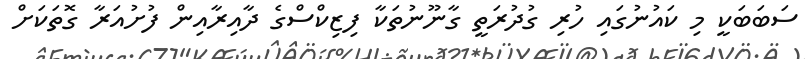
ސަބަބަކީ މި ކައުނުގައި ހުރި ގުދުރަތީ ގާނޫނުތަކާ ފިޒިކްސްގެ ދާއިރާއިން ފުށުއަރާ ގޮތަކަށް